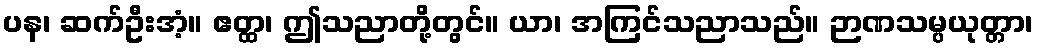
ပန၊ ဆက်ဦးအံ့။ ဧတ္ထ၊ ဤသညာတို့တွင်။ ယာ၊ အကြင်သညာသည်။ ဉာဏသမ္ပယုတ္တာ၊